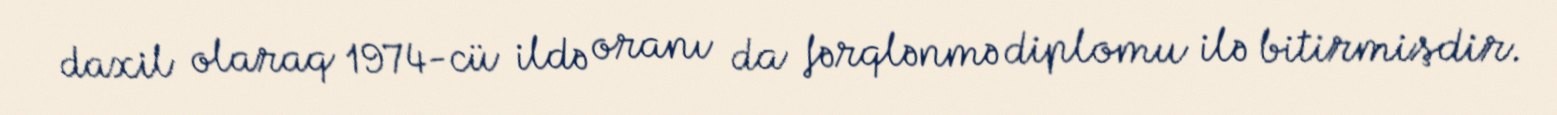
daxil olaraq 1974-cü ildə oranı da fərqlənmə diplomu ilə bitirmişdir.